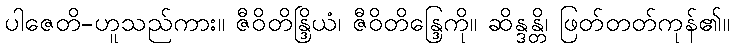
ပါဇေတိ-ဟူသည်ကား။ ဇီဝိတိန္ဒြိယံ၊ ဇီဝိတိန္ဒြေကို။ ဆိန္ဒန္တိ၊ ဖြတ်တတ်ကုန်၏။